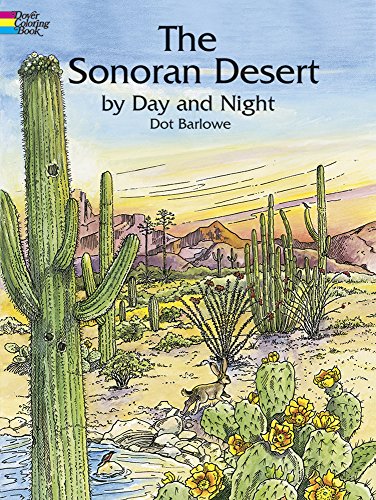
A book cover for The Sonoran Desert by Day and Night (Dover Nature Coloring Book); Dot Barlowe; Children's Books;